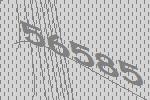
56585